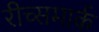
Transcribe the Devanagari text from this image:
रीच्समार्क